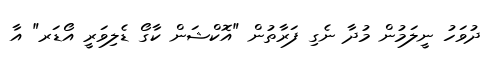
ދުވަހު ނީލަމުން މުދާ ނެގި ފަރާތުން "އޮކްޝަން ކާގޯ ޑެލިވަރީ އޯޑަރ" އާ